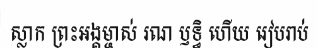
ស្លាក ព្រះអង្គម្ចាស់ រណ ឫទ្ធិ ហើយ រៀបរាប់